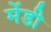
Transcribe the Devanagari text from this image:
मेंडी